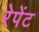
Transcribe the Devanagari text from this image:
रेपेंट